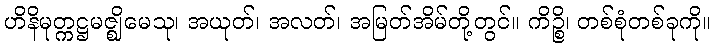
ဟိနိမုတ္ကဋ္ဌမဇ္ဈိမေသု၊ အယုတ်၊ အလတ်၊ အမြတ်အိမ်တို့တွင်။ ကိဉ္စိ၊ တစ်စုံတစ်ခုကို။